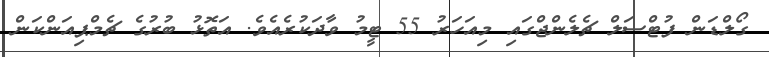
ގޯލްޑަން ފުޓްސަލް ޗެލެންޖްގައި މިއަހަރު 55 ޓީމު ވާދަކުރެއެވެ. އަތޮޅު ބުރުގެ ޗެމްޕިއަންކަން